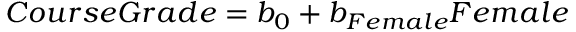
C o u r s e G r a d e = b _ { 0 } + b _ { F e m a l e } F e m a l e